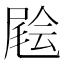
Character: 𡳃